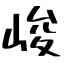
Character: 峻